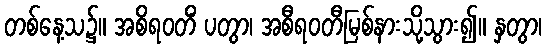
တစ်နေ့သ၌။ အစိရဝတိံ ပတွာ၊ အစီရဝတီမြစ်နားသို့သွား၍။ နှတွာ၊